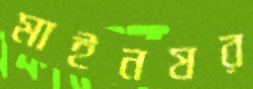
মাইনষর